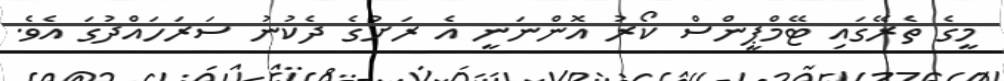
މީގެ ތެރޭގައި ޓޭމްޕީންސް ކޯރު އޮންނަނީ އެ ރަށުގެ ދެކުނު ސަރަހައްދުގަ އެވެ.